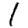
Digit: 1